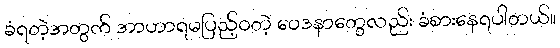
ခံရတဲ့အတွက် အာဟာရမပြည့်ဝတဲ့ ဝေဒနာတွေလည်း ခံစားနေရပါတယ်။